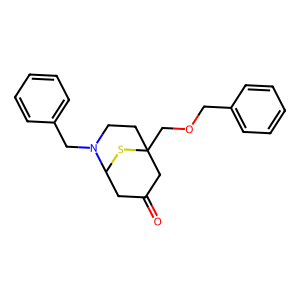
SMILES: O=C1CC2SC(COCc3ccccc3)(CCN2Cc2ccccc2)C1
Inhibits HIV replication: No